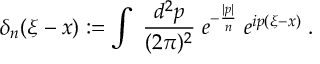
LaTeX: \delta _ { n } ( \xi - x ) : = \int \; \frac { d ^ { 2 } p } { ( 2 \pi ) ^ { 2 } } \; e ^ { - \frac { | p | } { n } } \; e ^ { i p ( \xi - x ) } \; .